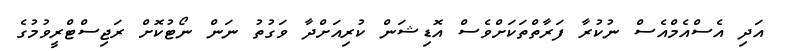
އަދި އެސްއެމްއެސް ނުކުރާ ފަރާތްތަކަށްވެސް އޮޑިޝަން ކުރިއަށްދާ ވަގުތު ނަން ނޯޓުކޮށް ރަޖިސްޓްރީވުމުގެ